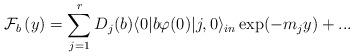
LaTeX: \begin{align*}\mathcal{F}_{b}\left( y\right) =\sum_{j=1}^{r}D_{j}(b)\langle 0|b\varphi(0)|j,0\rangle _{in}\exp (-m_{j}y)+... \end{align*}